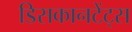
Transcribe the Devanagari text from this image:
डिसकानटेंट्स